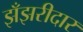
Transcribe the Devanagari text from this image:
झँझरीदार